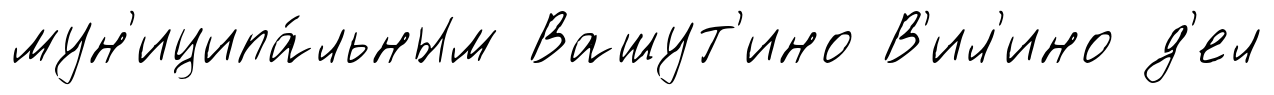
мун'иципа́льным Вашут'ино В'ил'ино д'ел